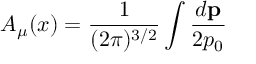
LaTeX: A _ { \mu } ( x ) = \frac 1 { ( 2 \pi ) ^ { 3 / 2 } } \int \frac { d { \bf p } } { 2 p _ { 0 } }